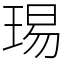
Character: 㻛